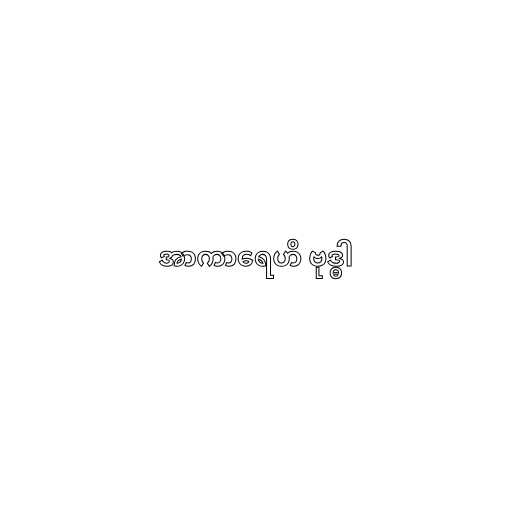
အာကာရေဟိ ဗုဒ္ဓါ